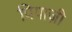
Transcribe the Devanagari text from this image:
पियाज़ी